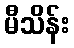
မီသိန်း